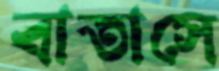
বাতাসে